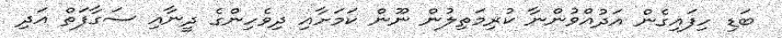
ބަޑި ހިފައިގެން އަދުއްވުންނާ ކުރިމަތިލުން ނޫން ކަމަށާއި ދިވެހިންގެ ދީނާއި ސަގާފަތް އަދި